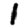
Digit: 1